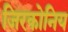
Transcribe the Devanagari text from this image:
जिरकोनिय